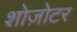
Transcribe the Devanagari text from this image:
शोज़ोटर